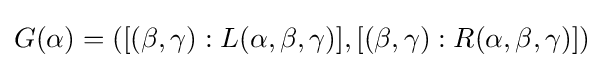
G(\alpha )=([(\beta ,\gamma ):L(\alpha ,\beta ,\gamma )],[(\beta ,\gamma ):R(\alpha ,\beta ,\gamma )])\;